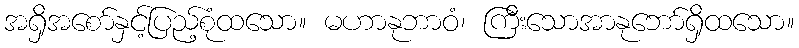
အရှိအစော်နှင့်ပြည့်စုံထသော။ မဟာနုဘာဝံ၊ ကြီးသောအာနုဘော်ရှိထသော။